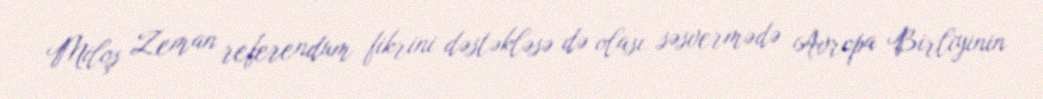
Miloş Zeman referendum fikrini dəstəkləsə də olası səsvermədə Avropa Birliyinin